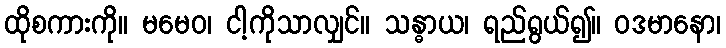
ထိုစကားကို။ မမေဝ၊ ငါ့ကိုသာလျှင်။ သန္ဓာယ၊ ရည်ရွယ်၍။ ဝဒမာနော၊